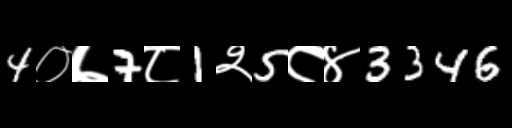
Text: 4०७7८1२5८४3346